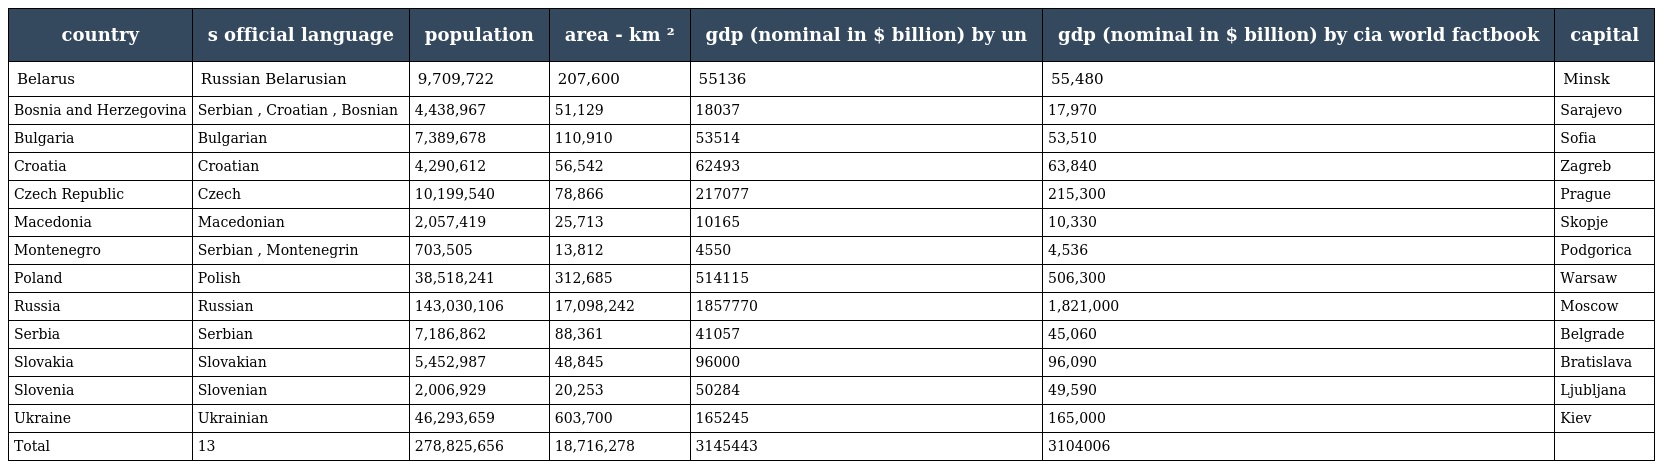
| country | s official language | population | area - km ² | gdp (nominal in $ billion) by un | gdp (nominal in $ billion) by cia world factbook | capital |
 | --- | --- | --- | --- | --- | --- | --- |
 | Belarus | Russian Belarusian | 9,709,722 | 207,600 | 55136 | 55,480 | Minsk |
 | Bosnia and Herzegovina | Serbian , Croatian , Bosnian | 4,438,967 | 51,129 | 18037 | 17,970 | Sarajevo |
 | Bulgaria | Bulgarian | 7,389,678 | 110,910 | 53514 | 53,510 | Sofia |
 | Croatia | Croatian | 4,290,612 | 56,542 | 62493 | 63,840 | Zagreb |
 | Czech Republic | Czech | 10,199,540 | 78,866 | 217077 | 215,300 | Prague |
 | Macedonia | Macedonian | 2,057,419 | 25,713 | 10165 | 10,330 | Skopje |
 | Montenegro | Serbian , Montenegrin | 703,505 | 13,812 | 4550 | 4,536 | Podgorica |
 | Poland | Polish | 38,518,241 | 312,685 | 514115 | 506,300 | Warsaw |
 | Russia | Russian | 143,030,106 | 17,098,242 | 1857770 | 1,821,000 | Moscow |
 | Serbia | Serbian | 7,186,862 | 88,361 | 41057 | 45,060 | Belgrade |
 | Slovakia | Slovakian | 5,452,987 | 48,845 | 96000 | 96,090 | Bratislava |
 | Slovenia | Slovenian | 2,006,929 | 20,253 | 50284 | 49,590 | Ljubljana |
 | Ukraine | Ukrainian | 46,293,659 | 603,700 | 165245 | 165,000 | Kiev |
 | Total | 13 | 278,825,656 | 18,716,278 | 3145443 | 3104006 |  |